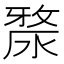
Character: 𣺶